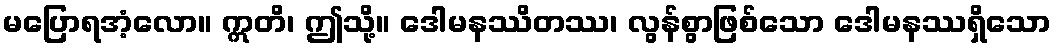
မပြောရအံ့လော။ ဣတိ၊ ဤသို့။ ဒေါမနဿိတဿ၊ လွန်စွာဖြစ်သော ဒေါမနဿရှိသော